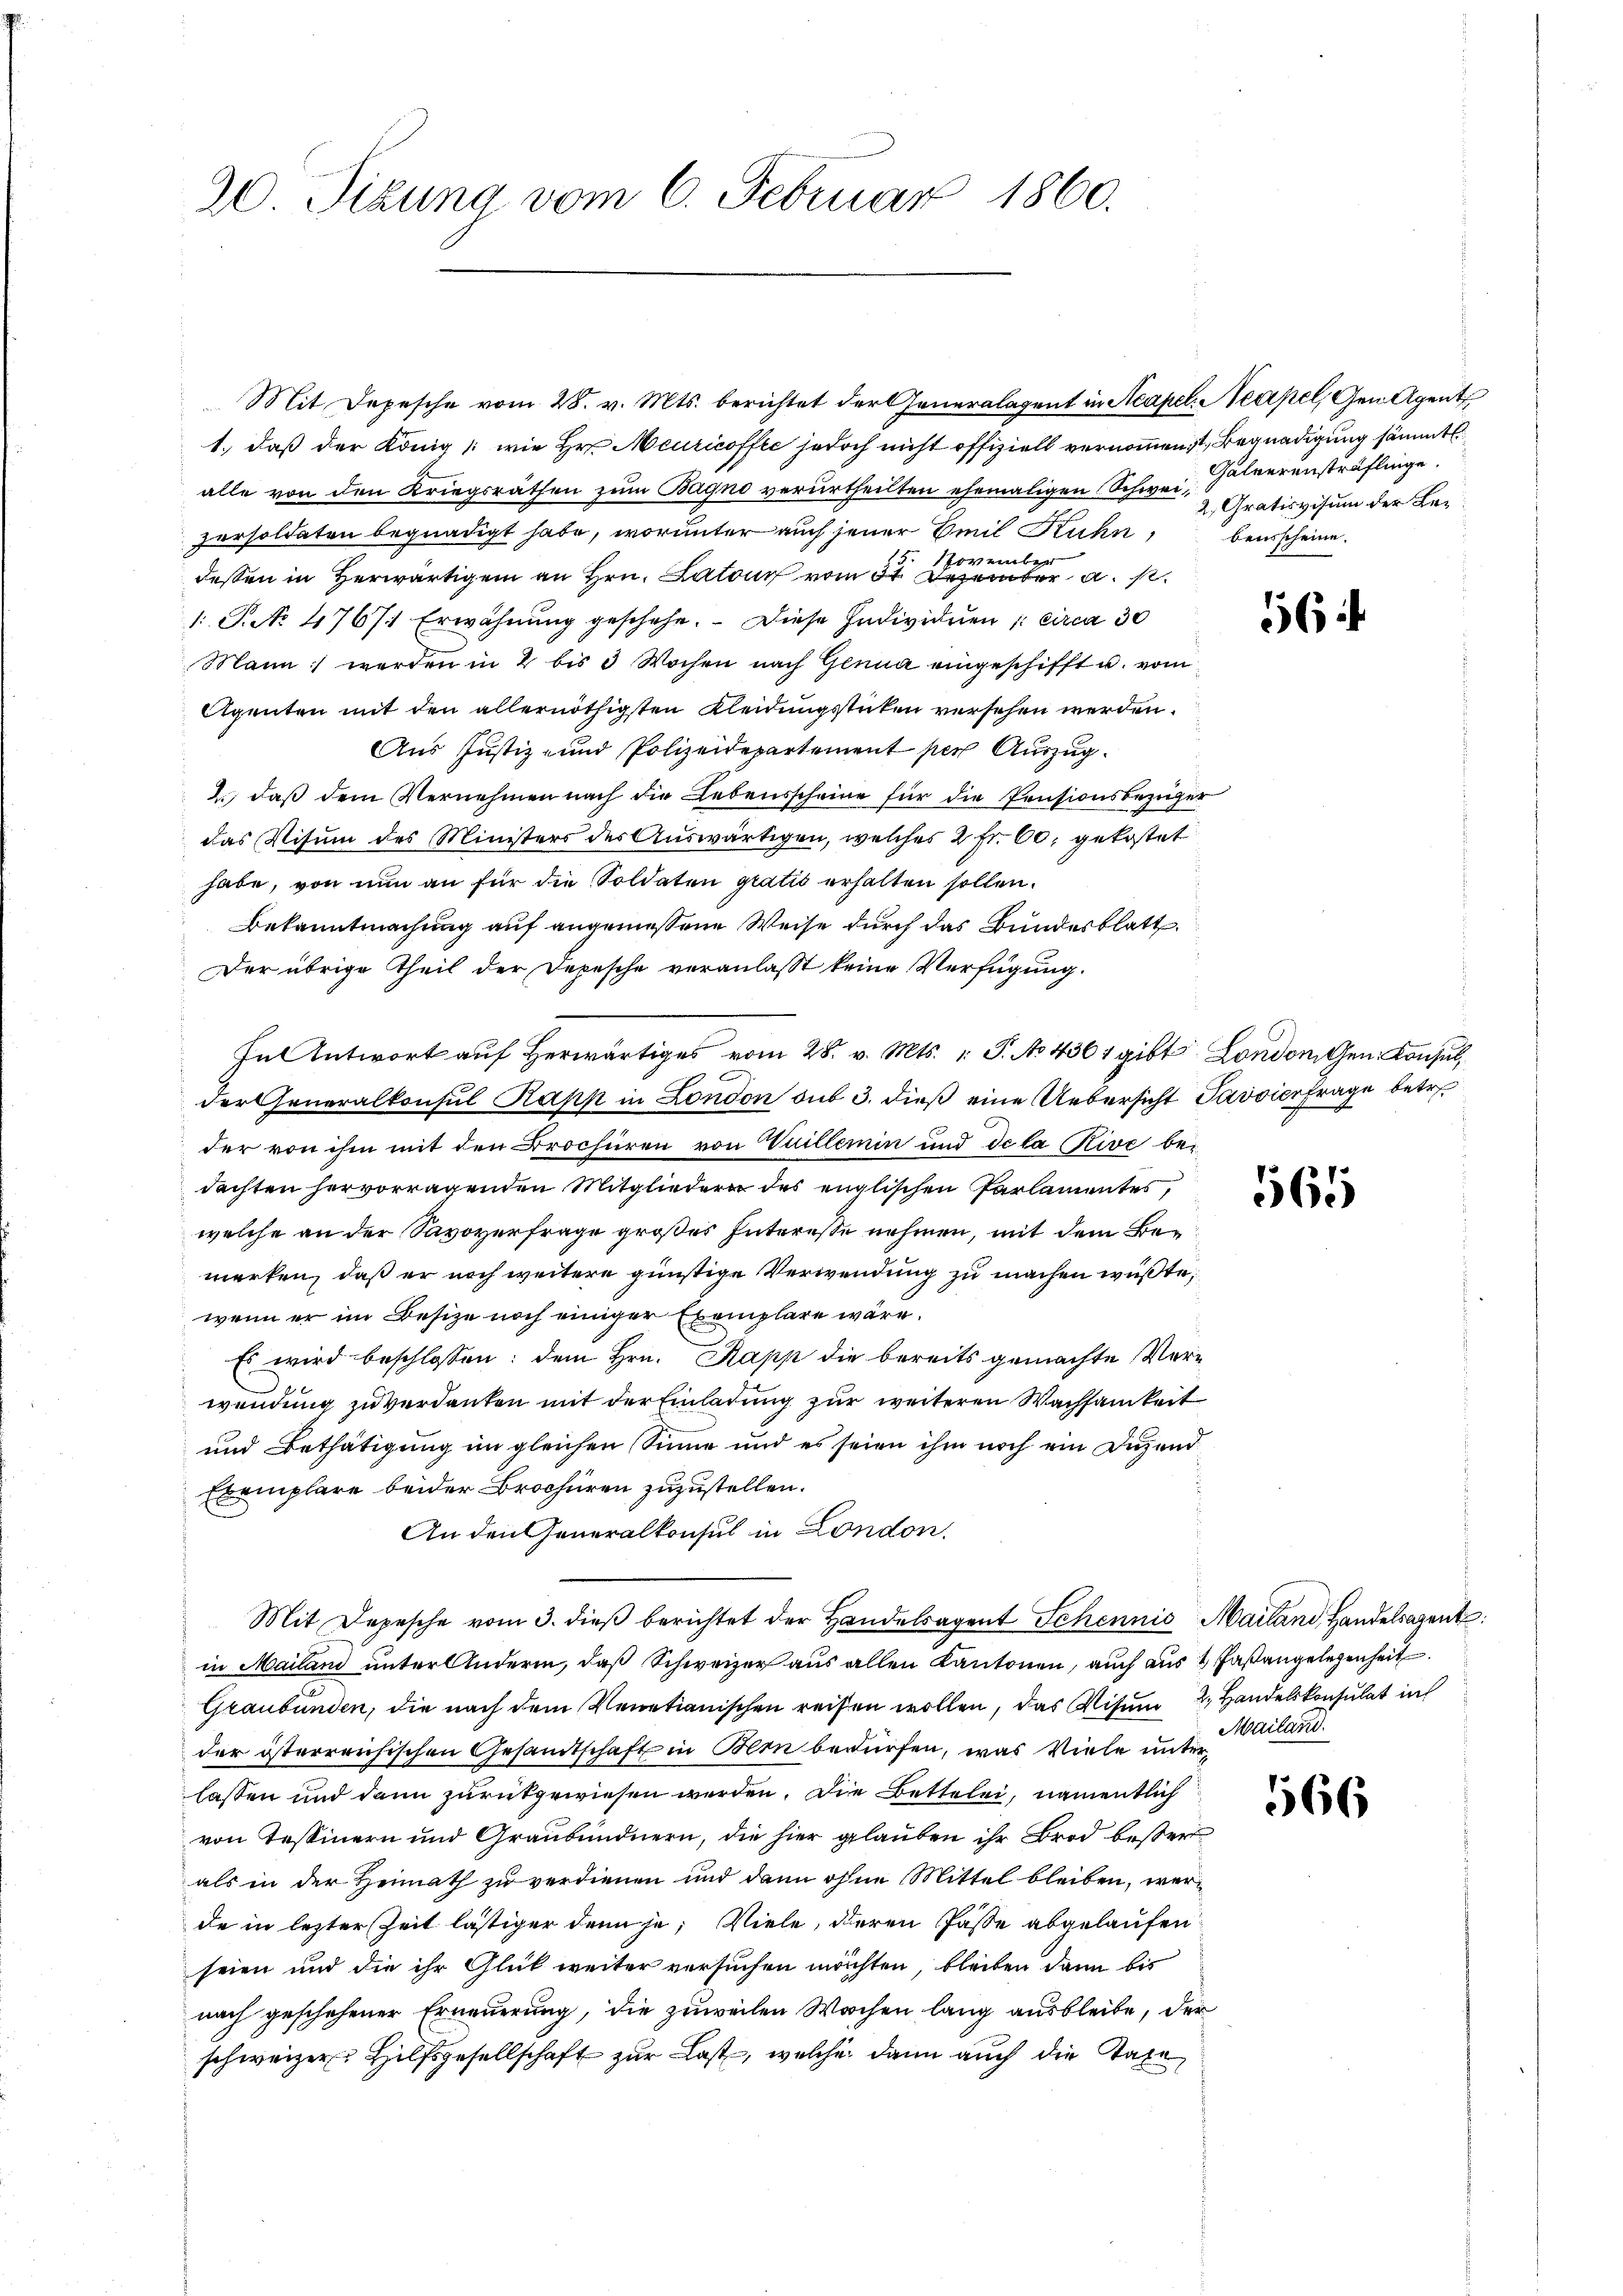
Mit Depesche vom 28. v. Mts. berichtet der Generalagent in Acapel. Neapel, Gen. Agent
1.) daß der König /: wie Hr. Meuricoffe jedoch nicht offiziell vernommen ist Begnadigung sämmtl
alle von den Kriegsräthen zum Bagno verurtheilten ehemaligen Schweipersoldaten begnadigt habe, worunter auch jener Emil Kuhn)
9.
November
dessen in Herwärtigem an Hrn. Laton vom 31. Dezember a. p.
1: P. No 47671 Erwähnung geschehe. Diese Individuen circa 30
Mann werden in 2 bis 3 Wochen nach Genua eingeschifft u. vom
Agenten mit den allernöthigsten Kleidungsstücken versehen werden.
Aus Justiz- und Polizeidepartement per Auszug.
2., daß dem Vernehmen nach die Lebensscheine für die Pensionsbezüger
das Visum des Ministers der Auswärtigen, welches 2 fr. 60, gekostet
habe, von nun an für die Soldaten gratis erhalten sollen.
Bekanntmachung auf angemessene Weise durch das Bundesblatt
Der übrige Theil der Depesche veranlasst keine Verfügung.
In Antwort auf herwärtiges vom 28. v. Mts. 1. P. No 4361 gibt London. Gen. Konsul
der Generalkonsul Kapp in London sub 3. dieß eine Uebersicht Pavvierfrage betr.
der von ihm mit den Brochüren von Guillemin und de la Rive bedachten hervorragenden Mitgliedern des englischen Parlamentes,
welche an der Savoyerfrage großes Interesse nehmen, mit dem Bemerken, daß er noch weitere günstige Verwendung zu machen wüßte,
wenn er im Besize noch einiger Exemplare wäre.
Es wird beschlossen: dem Hrn. Kapp die bereits gemachte Ver-
wendung zu verdanken mit der Einladung zur weiteren Wachsamkeit
und Bethätigung im gleichen Sinne und es seien ihm noch ein Duzend
Exemplare beider Brochüren zuzustellen.
An den Generalkonsul in London.
Mit Depesche vom 3. dieβ berichtet der Handelsagent Schennio Mailand, Handelsagent
in Mailand unter Anderm, daß Schweizer aus allen Kantonen, auch aus 4 Faßangelegenheit
Graubünden, die nach dem Venetianischen reisen wollen, das Visum 2. Handelskonsulat in
der österreichischen Gesandtschaft in Bern bedürfen, was Viele unterlassen und dann zurückgewiesen werden. Die Bettelei, namentlich
von Tessinern und Graubündnern, die hier glauben ihr Brod bester
als in der Heimath zu verdienen und dann ohne Mittel bleiben, werde in letzter Zeit lästiger denn je, Viele, deren Pässe abgelaufen
seien und die ihr Glück weiter versuchen möchten, bleiben dann bis
nach geschehener Erneuerung, die zuweilen Wochen lang ausbleibe, der
schweizer Hilfsgesellschaft zur Last, welche dann auch die Taxe

20. Sizung vom 6. Februar 1860.

Galverensträflinge.
2. Gratisvisum der Bebensscheine.

Mailand.

56

565

1566